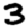
Digit: 3